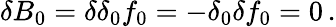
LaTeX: \delta B_{0}=\delta\delta_{0}f_{0}=-\delta_{0}\delta f_{0}=0\, .